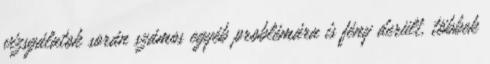
vizsgálatok során számos egyéb problémára is fény derült, többek